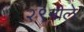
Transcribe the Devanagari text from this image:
२९नीले